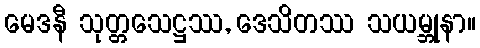
မေဒနီ သုတ္တသေဋ္ဌဿ, ဒေသိတဿ သယမ္ဘုနာ။